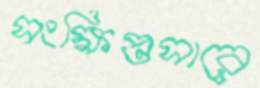
সংক্ষিপ্তসারে